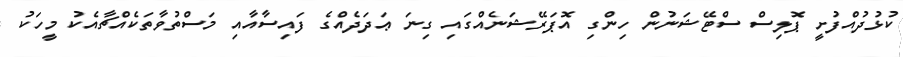
ކުޅުދުއްފުށީ ޕޮލިސް ސްޓޭޝަނުން ހިންގި އޮޕަރޭޝަނެއްގައި ގިނަ ޢަދަދެއްގެ ފައިސާއާއި މަސްތުވާތަކެއްޗާއެކު މީހަކު